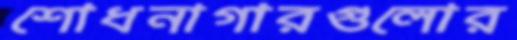
শোধনাগারগুলোর